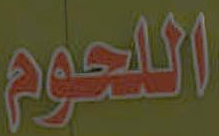
اللحوم